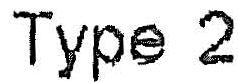
TYPE 2